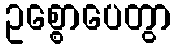
ဥစ္စောပေတွာ